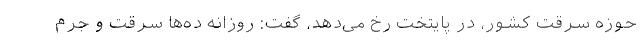
حوزه سرقت کشور، در پایتخت رخ می‌دهد، گفت: روزانه ده‌ها سرقت و جرم